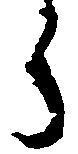
郎